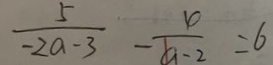
\frac { 5 } { - 2 a - 3 } - \frac { 4 } { a - 2 } = 6